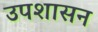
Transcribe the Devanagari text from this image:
उपशासन